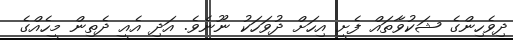
ދިވެހިންގެ ޝަކުވާތައް ފެށީ އިހަށް ދުވަހަކު ނޫނެވެ. އަދި އެއީ ދެތިން މީހެއްގެ